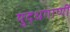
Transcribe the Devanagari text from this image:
युद्धगाणी